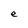
Character: e